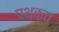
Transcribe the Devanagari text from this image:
पथकच